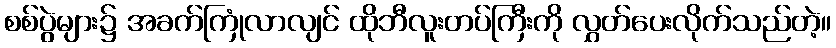
စစ်ပွဲများ၌ အခက်ကြုံလာလျင် ထိုဘီလူးတပ်ကြီးကို လွှတ်ပေးလိုက်သည်တဲ့။